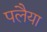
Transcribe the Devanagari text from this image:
पलैया